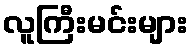
လူကြီးမင်းများ